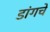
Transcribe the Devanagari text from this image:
डांगचे